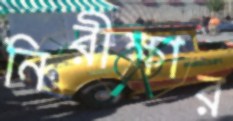
নিরীক্ষার